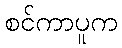
စင်ကာပူက